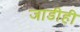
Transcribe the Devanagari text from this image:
जाडीही